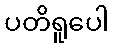
ပတိရူပေါ